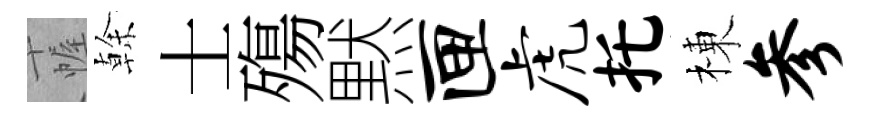
幄𠏉士殤黙匣虎托棟参